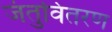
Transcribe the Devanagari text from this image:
जंतुवितरण